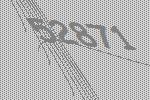
52871